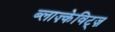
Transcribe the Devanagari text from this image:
ब्लाज़्केविट्ज़